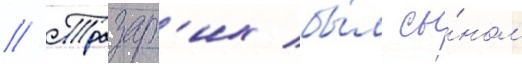
// Тразар'их бы́л сы́ном